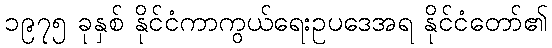
၁၉၇၅ ခုနှစ် နိုင်ငံကာကွယ်ရေးဥပဒေအရ နိုင်ငံတော်၏